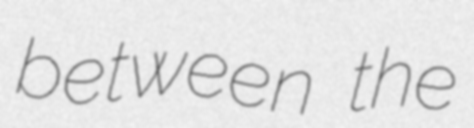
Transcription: between the